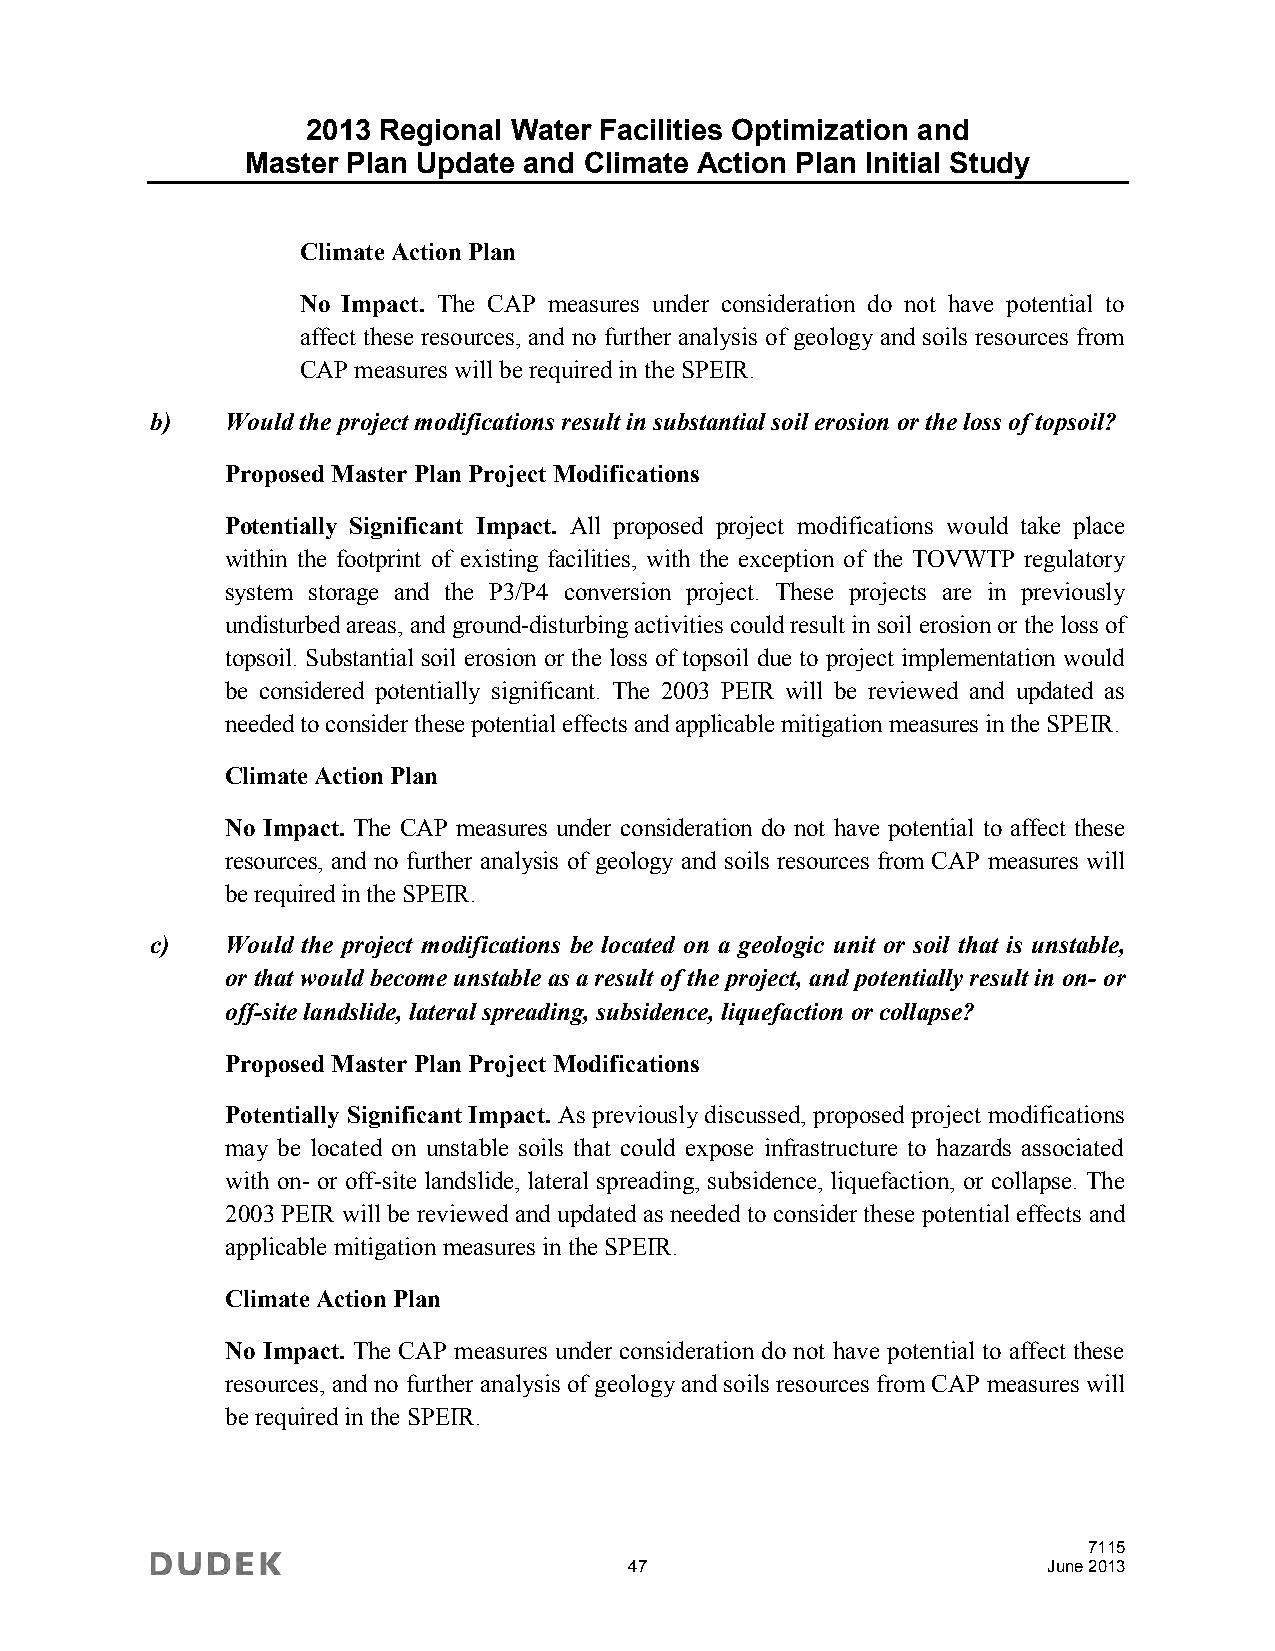
2013 Regional Water Facilities Optimization and
 Master Plan Update and Climate Action Plan Initial Study
 Climate Action Plan
 No Impact. The CAP measures under consideration do not have potential to
 affect these resources, and no further analysis of geology and soils resources from
 CAP measures will be required in the SPEIR.
 b)   Would the project modifications result in substantial soil erosion or the loss of topsoil?
 Proposed Master Plan Project Modifications
 Potentially Significant Impact. All proposed project modifications would take place
 within the footprint of existing facilities, with the exception of the TOVWTP regulatory
 system storage and the P3/P4 conversion project. These projects are in previously
 undisturbed areas, and ground-disturbing activities could result in soil erosion or the loss of
 topsoil. Substantial soil erosion or the loss of topsoil due to project implementation would
 be considered potentially significant. The 2003 PEIR will be reviewed and updated as
 needed to consider these potential effects and applicable mitigation measures in the SPEIR.
 Climate Action Plan
 No Impact. The CAP measures under consideration do not have potential to affect these
 resources, and no further analysis of geology and soils resources from CAP measures will
 be required in the SPEIR.
 c)   Would the project modifications be located on a geologic unit or soil that is unstable,
 or that would become unstable as a result of the project, and potentially result in on- or
 off-site landslide, lateral spreading, subsidence, liquefaction or collapse?
 Proposed Master Plan Project Modifications
 Potentially Significant Impact. As previously discussed, proposed project modifications
 may be located on unstable soils that could expose infrastructure to hazards associated
 with on- or off-site landslide, lateral spreading, subsidence, liquefaction, or collapse. The
 2003 PEIR will be reviewed and updated as needed to consider these potential effects and
 applicable mitigation measures in the SPEIR.
 Climate Action Plan
 No Impact. The CAP measures under consideration do not have potential to affect these
 resources, and no further analysis of geology and soils resources from CAP measures will
 be required in the SPEIR.
 7115
 47                         June 2013